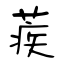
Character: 蒺